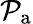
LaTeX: \mathcal{P}_{\mathrm{a}}